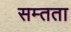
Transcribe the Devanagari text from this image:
सम्तता